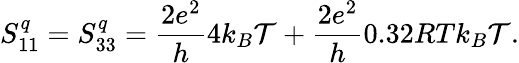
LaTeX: S_{11}^{q}=S_{33}^{q}=\frac{2e^{2}}{h}4k_{B}\mathcal{T}+\frac{2e^{2}}{h}0.32RTk_{B}\mathcal{T}.